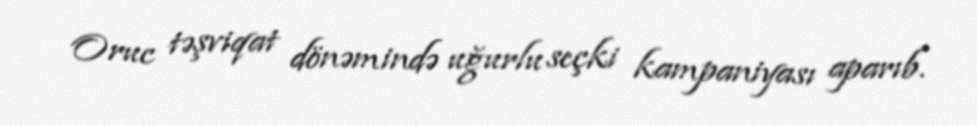
Oruc təşviqat dönəmində uğurlu seçki kampaniyası aparıb.